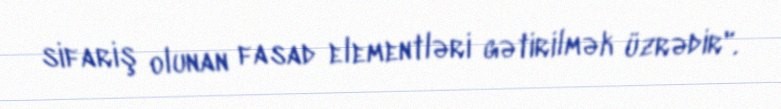
sifariş olunan fasad elementləri gətirilmək üzrədir".